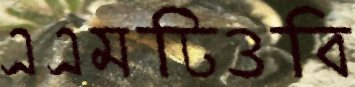
এএমটিওবি